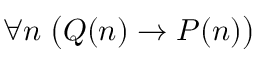
\forall n \; { \bigl ( } Q ( n ) \rightarrow P ( n ) { \bigr ) }